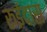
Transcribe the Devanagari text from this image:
रूईदास